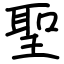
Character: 聖